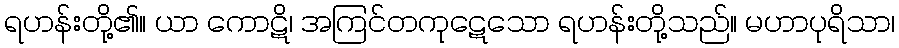
ရဟန်းတို့၏။ ယာ ကောဋိ၊ အကြင်တကုဋေသော ရဟန်းတို့သည်။ မဟာပုရိသာ၊